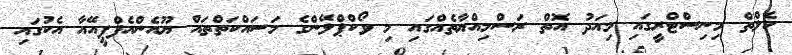
ހެލްތް މިނިސްޓްރީގައި މިއަދު އޮތް ރަސްމިއްޔާތެއްގައި މި ވޯކްްޕްލޭންގެ މަސައްކަތްތައް ޔޫއެންއެފްޕީއޭއާ އެކުގައި